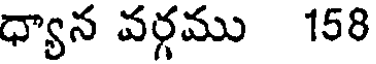
ధ్యాన వర్గము 158